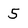
Character: 5